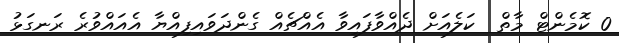
0 ކޮމެންޓް މާތް  ކަލެއަށް ދެއްވާފައިވާ އެއްޗެއް ގެންދަވައިފިއްޔާ އެއައްވުރެ ރަނގަޅު